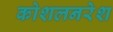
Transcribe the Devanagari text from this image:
कोशलनरेश